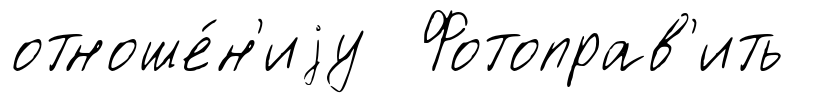
отноше́н'иjу Фотоправ'ить